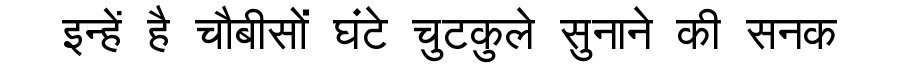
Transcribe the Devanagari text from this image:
इन्हें है चौबीसों घंटे चुटकुले सुनाने की सनक